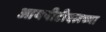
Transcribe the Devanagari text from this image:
आयपीटीएलच्या